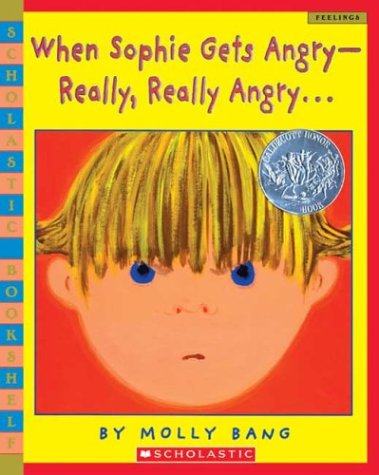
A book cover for When Sophie Gets Angry--Really, Really AngryE¦ (Scholastic Bookshelf); Molly Bang; Medical Books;